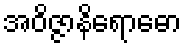
အဝိဇ္ဇာနိရောဓော